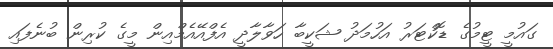
ގައުމީ ޓީމުގެ ޑޮކްޓަރު އަހުމަދު ޝަކީބާ ހަވާލާދީ އެފްއޭއެމްއިން މީގެ ކުރިން ބުނެފައި